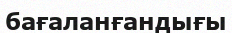
бағаланғандығы